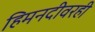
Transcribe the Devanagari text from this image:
हिमनदीवरही